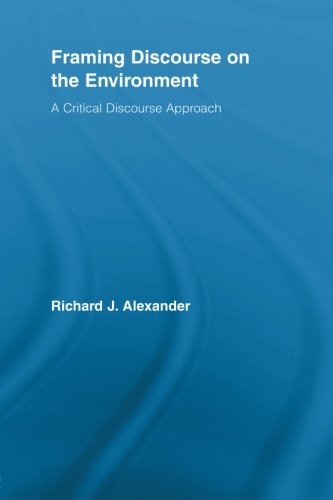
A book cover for Framing Discourse on the Environment: A Critical Discourse Approach (Routledge Critical Studies in Discourse); Richard Alexander; Crafts, Hobbies & Home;